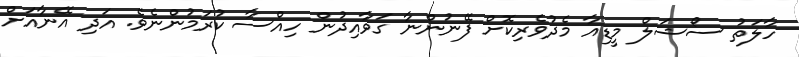
ހާލަތު ސޯޝަލް މީޑިއާ މެދުވެރިކޮށް ފޭނުންނާ ގަވާއިދުން ހިއްސާ ކުރަމުންނެވެ. އަދި އޭނާއަށް